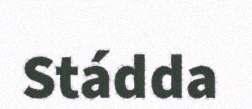
Stádda